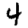
Digit: 4